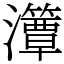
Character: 㶘